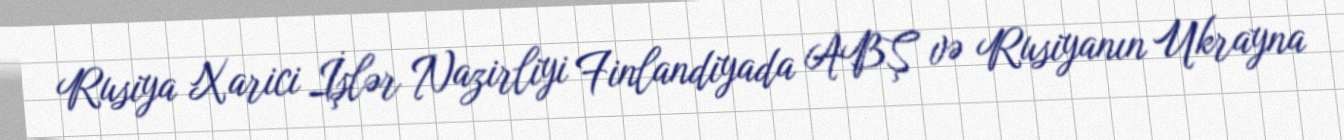
Rusiya Xarici İşlər Nazirliyi Finlandiyada ABŞ və Rusiyanın Ukrayna